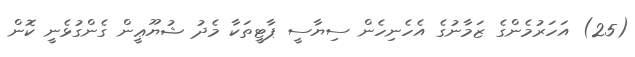
(25) އަހަރުމެންގެ ޒަމާނުގެ އެހެނިހެން ސިޔާސީ ޕާޓީތަކާ މެދު ޝުޔޫޢީން ގެންގުޅެނީ ކޮން